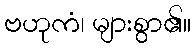
ဗဟုကံ၊ များစွာ၏။